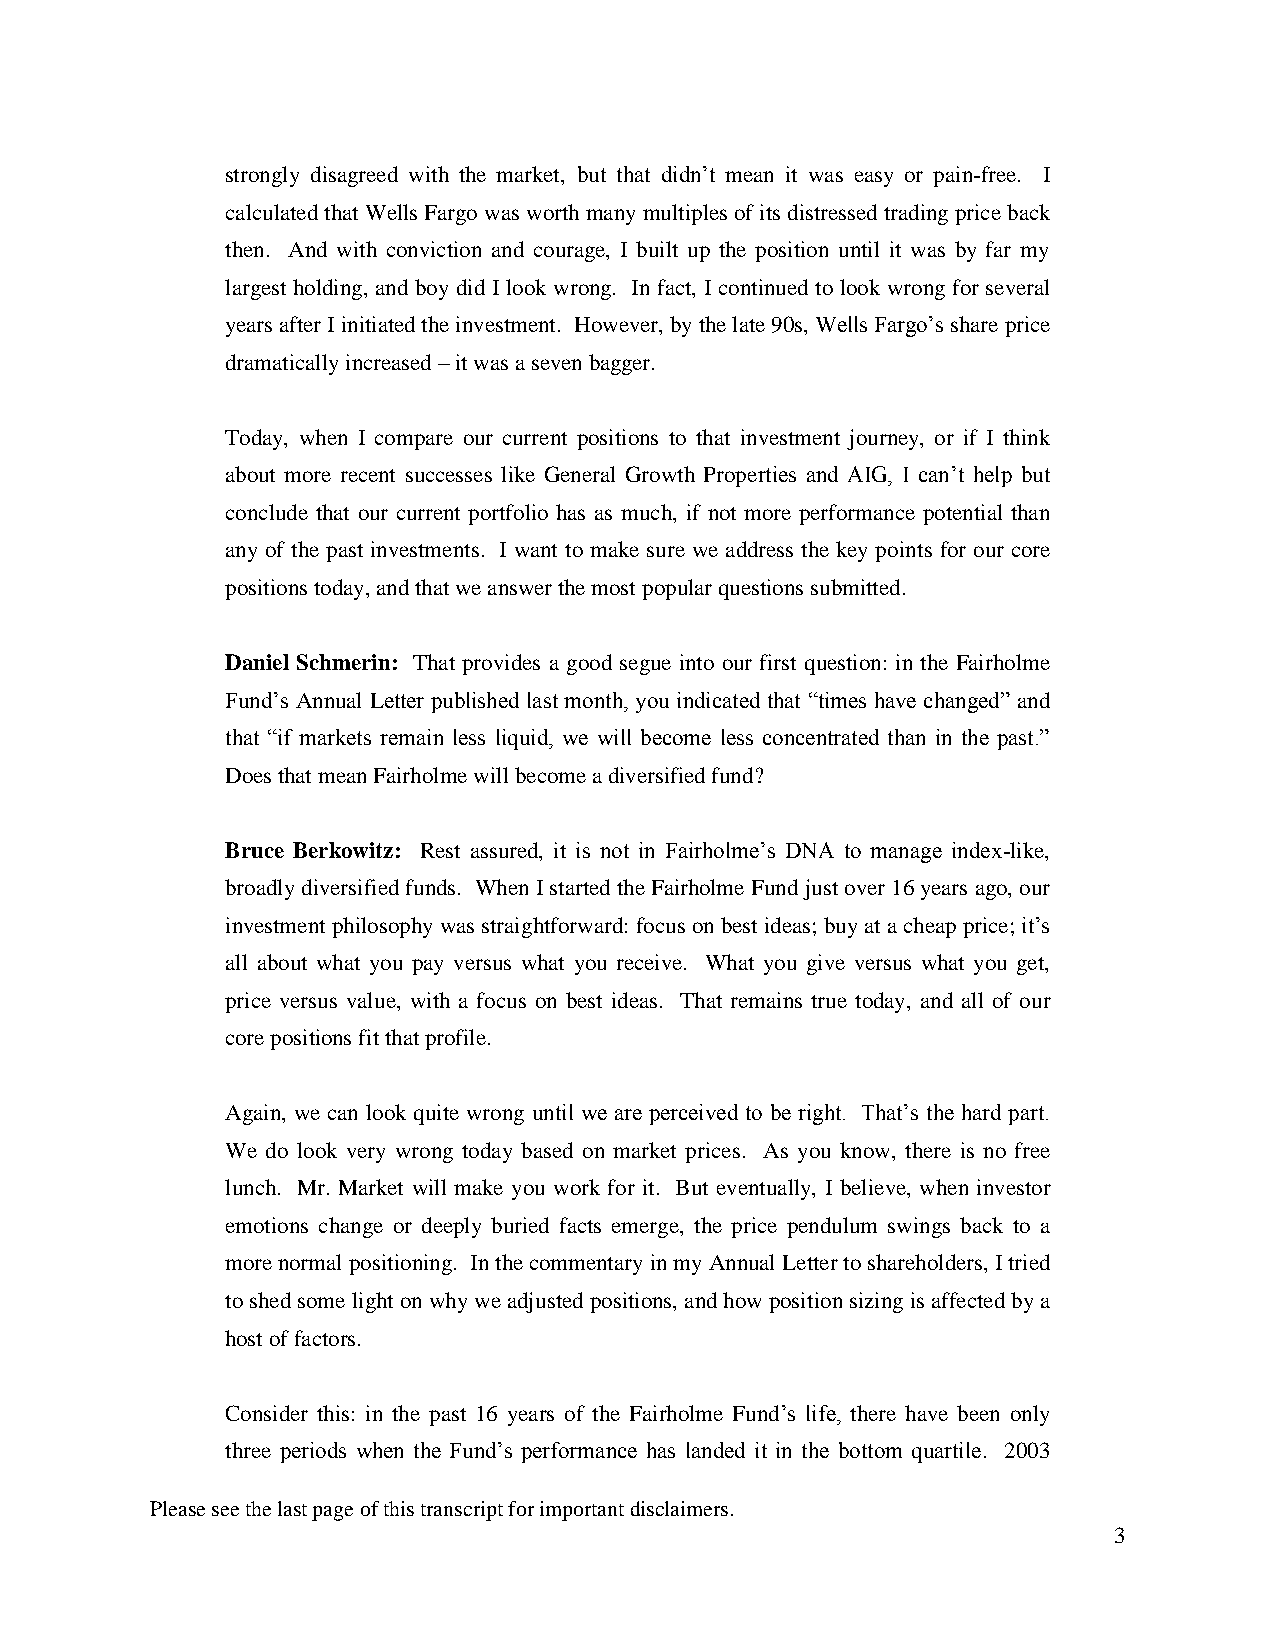
strongly disagreed with the market, but that didn’t mean it was easy or pain-free. I
 calculated that Wells Fargo was worth many multiples of its distressed trading price back
 then. And with conviction and courage, I built up the position until it was by far my
 largest holding, and boy did I look wrong. In fact, I continued to look wrong for several
 years after I initiated the investment. However, by the late 90s, Wells Fargo’s share price
 dramatically increased – it was a seven bagger.
 Today, when I compare our current positions to that investment journey, or if I think
 about more recent successes like General Growth Properties and AIG, I can’t help but
 conclude that our current portfolio has as much, if not more performance potential than
 any of the past investments. I want to make sure we address the key points for our core
 positions today, and that we answer the most popular questions submitted.
 Daniel Schmerin: That provides a good segue into our first question: in the Fairholme
 Fund’s Annual Letter published last month, you indicated that “times have changed” and
 that “if markets remain less liquid, we will become less concentrated than in the past.”
 Does that mean Fairholme will become a diversified fund?
 Bruce Berkowitz: Rest assured, it is not in Fairholme’s DNA to manage index-like,
 broadly diversified funds. When I started the Fairholme Fund just over 16 years ago, our
 investment philosophy was straightforward: focus on best ideas; buy at a cheap price; it’s
 all about what you pay versus what you receive. What you give versus what you get,
 price versus value, with a focus on best ideas. That remains true today, and all of our
 core positions fit that profile.
 Again, we can look quite wrong until we are perceived to be right. That’s the hard part.
 We do look very wrong today based on market prices. As you know, there is no free
 lunch. Mr. Market will make you work for it. But eventually, I believe, when investor
 emotions change or deeply buried facts emerge, the price pendulum swings back to a
 more normal positioning. In the commentary in my Annual Letter to shareholders, I tried
 to shed some light on why we adjusted positions, and how position sizing is affected by a
 host of factors.
 Consider this: in the past 16 years of the Fairholme Fund’s life, there have been only
 three periods when the Fund’s performance has landed it in the bottom quartile. 2003
 Please see the last page of this transcript for important disclaimers.
 3